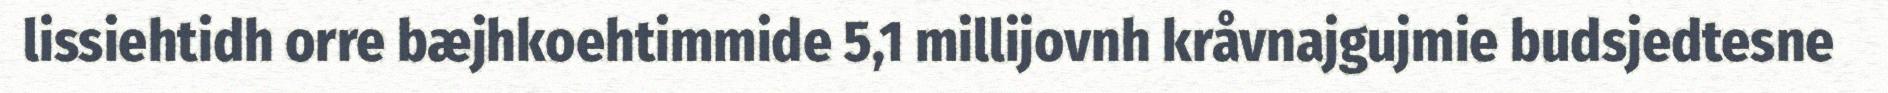
lissiehtidh orre bæjhkoehtimmide 5,1 millijovnh kråvnajgujmie budsjedtesne